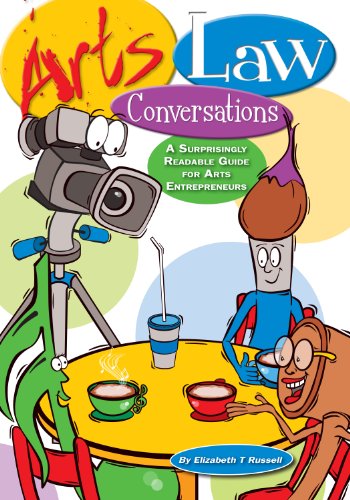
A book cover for Arts Law Conversations: A Surprisingly Readable Guide for Arts Entrepreneurs; Elizabeth T Russell; Law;